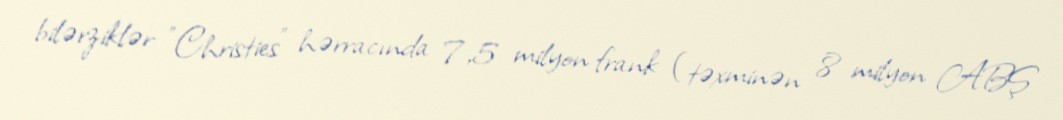
bilərziklər "Christies" hərracında 7,5 milyon frank (təxminən 8 milyon ABŞ